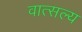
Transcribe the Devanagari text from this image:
वात्‍सल्‍य